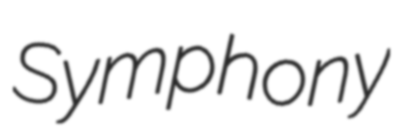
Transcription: Symphony